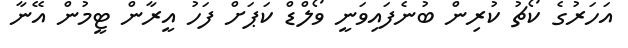
އަހަރުގެ ކޯޗު ކުރިން ބުނެފައިވަނީ ވޯލްޑް ކަޕަށް ފަހު އީރާން ޓީމުން އޭނާ